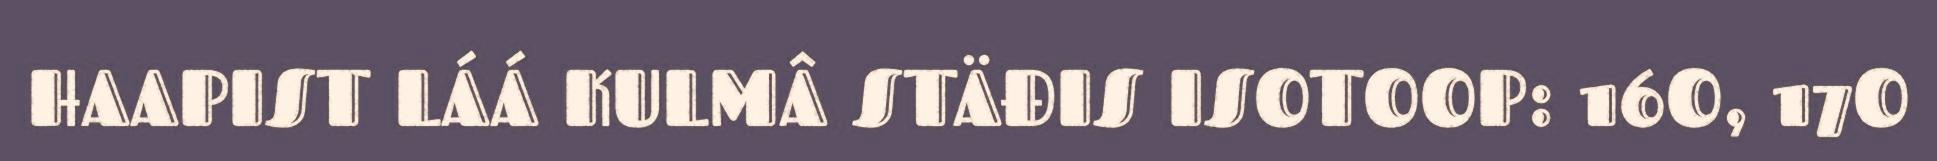
HAAPIST LÁÁ KULMÂ STÄĐIS ISOTOOP: 16O, 17O